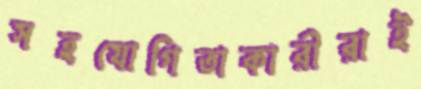
সহযোগিতাকারীরাই